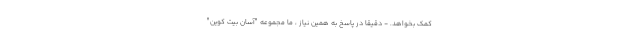
کمک بخواهد. - دقیقا در پاسخ به همین نیاز ، ما مجموعه "آسان بیت کوین"